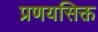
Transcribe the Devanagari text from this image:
प्रणयसिक्त